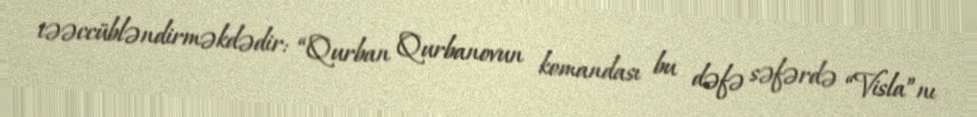
təəccübləndirməkdədir: “Qurban Qurbanovun komandası bu dəfə səfərdə “Visla”nı